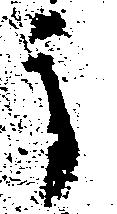
う